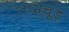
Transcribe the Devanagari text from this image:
ताम्रचूड़